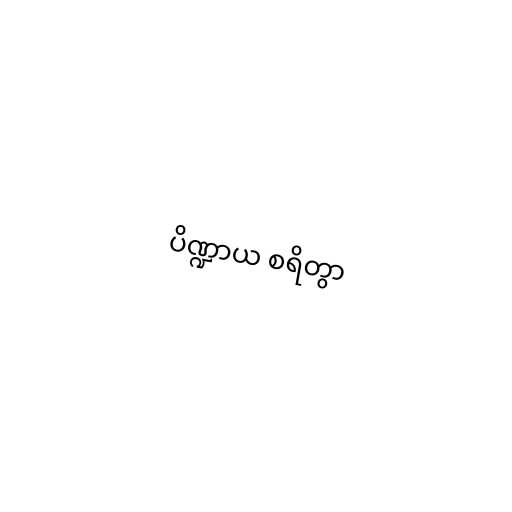
ပိဏ္ဍာယ စရိတွာ